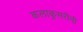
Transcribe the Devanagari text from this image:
कलाकुसरीनी